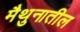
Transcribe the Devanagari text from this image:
मैथुनातील